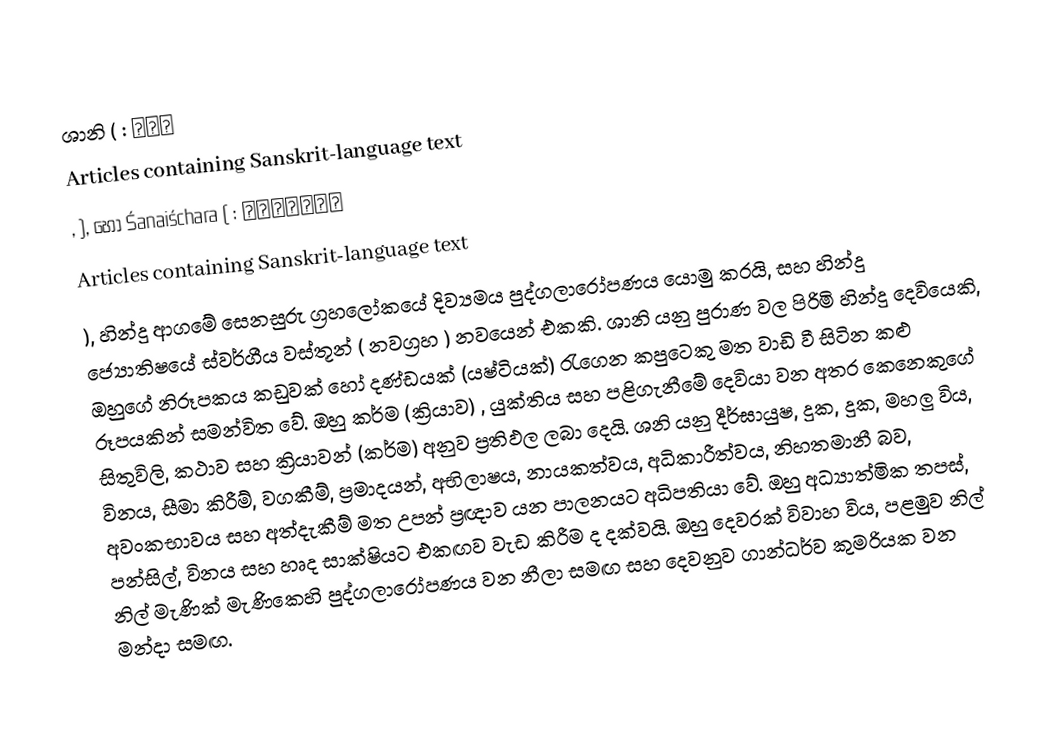
ශානි (  : शनि
Articles containing Sanskrit-language text
,  ), හෝ Śanaiśchara (  : शनैश्चर
Articles containing Sanskrit-language text
), හින්දු ආගමේ සෙනසුරු ග්‍රහලෝකයේ දිව්‍යමය පුද්ගලාරෝපණය යොමු කරයි,  සහ හින්දු ජ්‍යොතිෂයේ ස්වර්ගීය වස්තූන් ( නවග්‍රහ ) නවයෙන් එකකි.  ශානි යනු පුරාණ වල පිරිමි හින්දු දෙවියෙකි, ඔහුගේ නිරූපකය කඩුවක් හෝ දණ්ඩයක් (යෂ්ටියක්) රැගෙන කපුටෙකු මත වාඩි වී සිටින කළු රූපයකින් සමන්විත වේ.   ඔහු කර්ම (ක්‍රියාව) , යුක්තිය සහ පළිගැනීමේ දෙවියා වන අතර කෙනෙකුගේ සිතුවිලි, කථාව සහ ක්‍රියාවන් (කර්ම) අනුව ප්‍රතිඵල ලබා දෙයි.  ශනි යනු දීර්ඝායුෂ, දුක, දුක, මහලු විය, විනය, සීමා කිරීම්, වගකීම්, ප්‍රමාදයන්, අභිලාෂය, නායකත්වය, අධිකාරීත්වය, නිහතමානී බව, අවංකභාවය සහ අත්දැකීම් මත උපන් ප්‍රඥාව යන පාලනයට අධිපතියා වේ. ඔහු අධ්‍යාත්මික තපස්, පන්සිල්, විනය සහ හෘද සාක්ෂියට එකඟව වැඩ කිරීම ද දක්වයි. ඔහු දෙවරක් විවාහ විය, පළමුව නිල් නිල් මැණික් මැණිකෙහි පුද්ගලාරෝපණය වන නීලා සමඟ සහ දෙවනුව ගාන්ධර්ව කුමරියක වන මන්දා සමඟ.